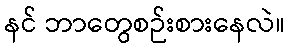
နင် ဘာတွေစဉ်းစားနေလဲ။